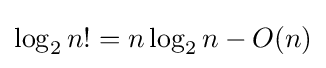
\log _{2}n!=n\log _{2}n-O(n)